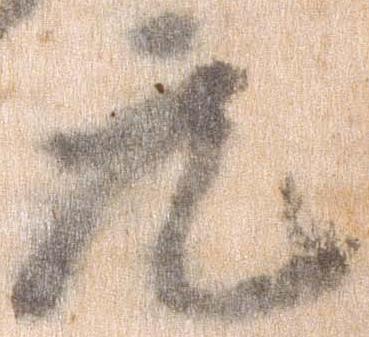
元